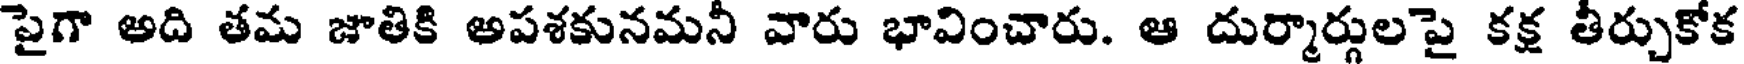
పైగా అది తమ జాతికి అపశకునమనీ వారు భావించారు. ఆ దుర్మార్గులపై కక్ష తీర్చుకోక